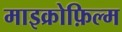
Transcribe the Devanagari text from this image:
माइक्रोफ़िल्म